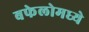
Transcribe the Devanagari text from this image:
बफेलोमध्ये